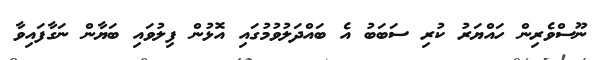
ނޫސްވެރިން ހައްޔަރު ކުރި ސަބަބު އެ ބައްދަލުވުމުގައި އޮޅުން ފިލުވައި ބަޔާން ނަގާފައިވާ